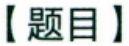
【题目】